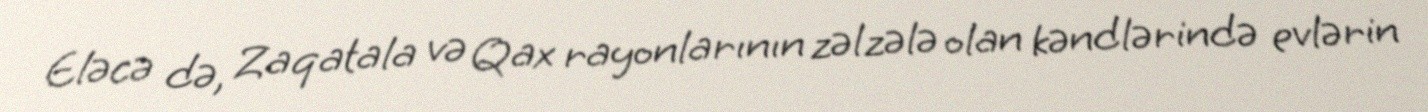
Eləcə də, Zaqatala və Qax rayonlarının zəlzələ olan kəndlərində evlərin